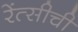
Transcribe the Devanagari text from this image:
रेंत्सीची